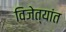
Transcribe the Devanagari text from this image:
विजेत्यांत